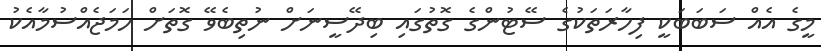
މީގެ އެއް ސަބަބަކީ ފިހާރަތަކުގެ ސޭޓުންގެ ގޮތުގައި ބިދޭސީނަށް ނުތިބެވޭ ގޮތަށް ހަމަޖެއްސުމާއެކު